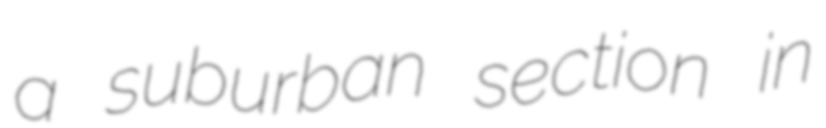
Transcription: a suburban section in